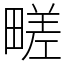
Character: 㽨